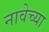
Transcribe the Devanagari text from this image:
नावेच्या